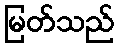
မြတ်သည်